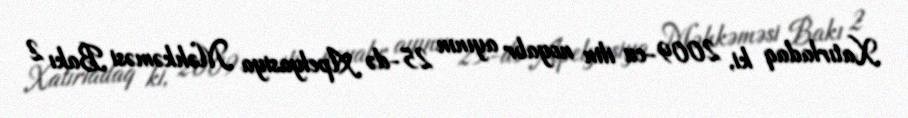
Xatırladaq ki, 2009-cu ilin noyabr ayının 25-də Apelyasiya Məhkəməsi Bakı 2